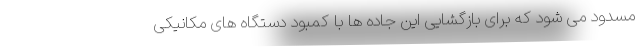
مسدود می شود که برای بازگشایی این جاده ها با کمبود دستگاه های مکانیکی